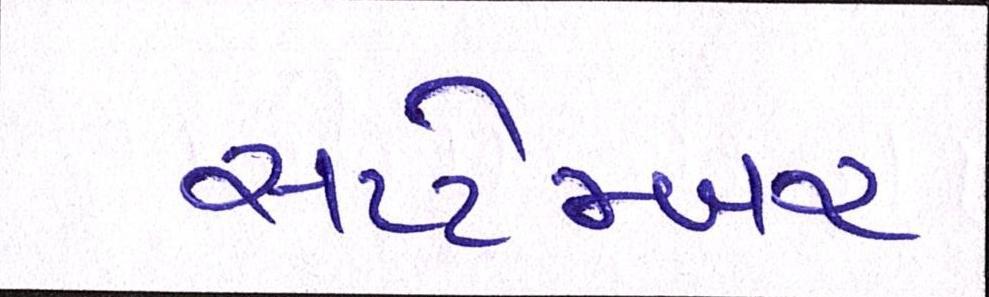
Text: સપ્ટેમ્બર